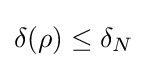
\delta (\rho )\leq \delta _{N}